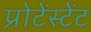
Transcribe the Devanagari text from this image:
प्रोटेंस्टेंट